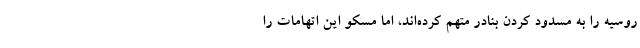
روسیه را به مسدود کردن بنادر متهم کرده‌اند، اما مسکو این اتهامات را